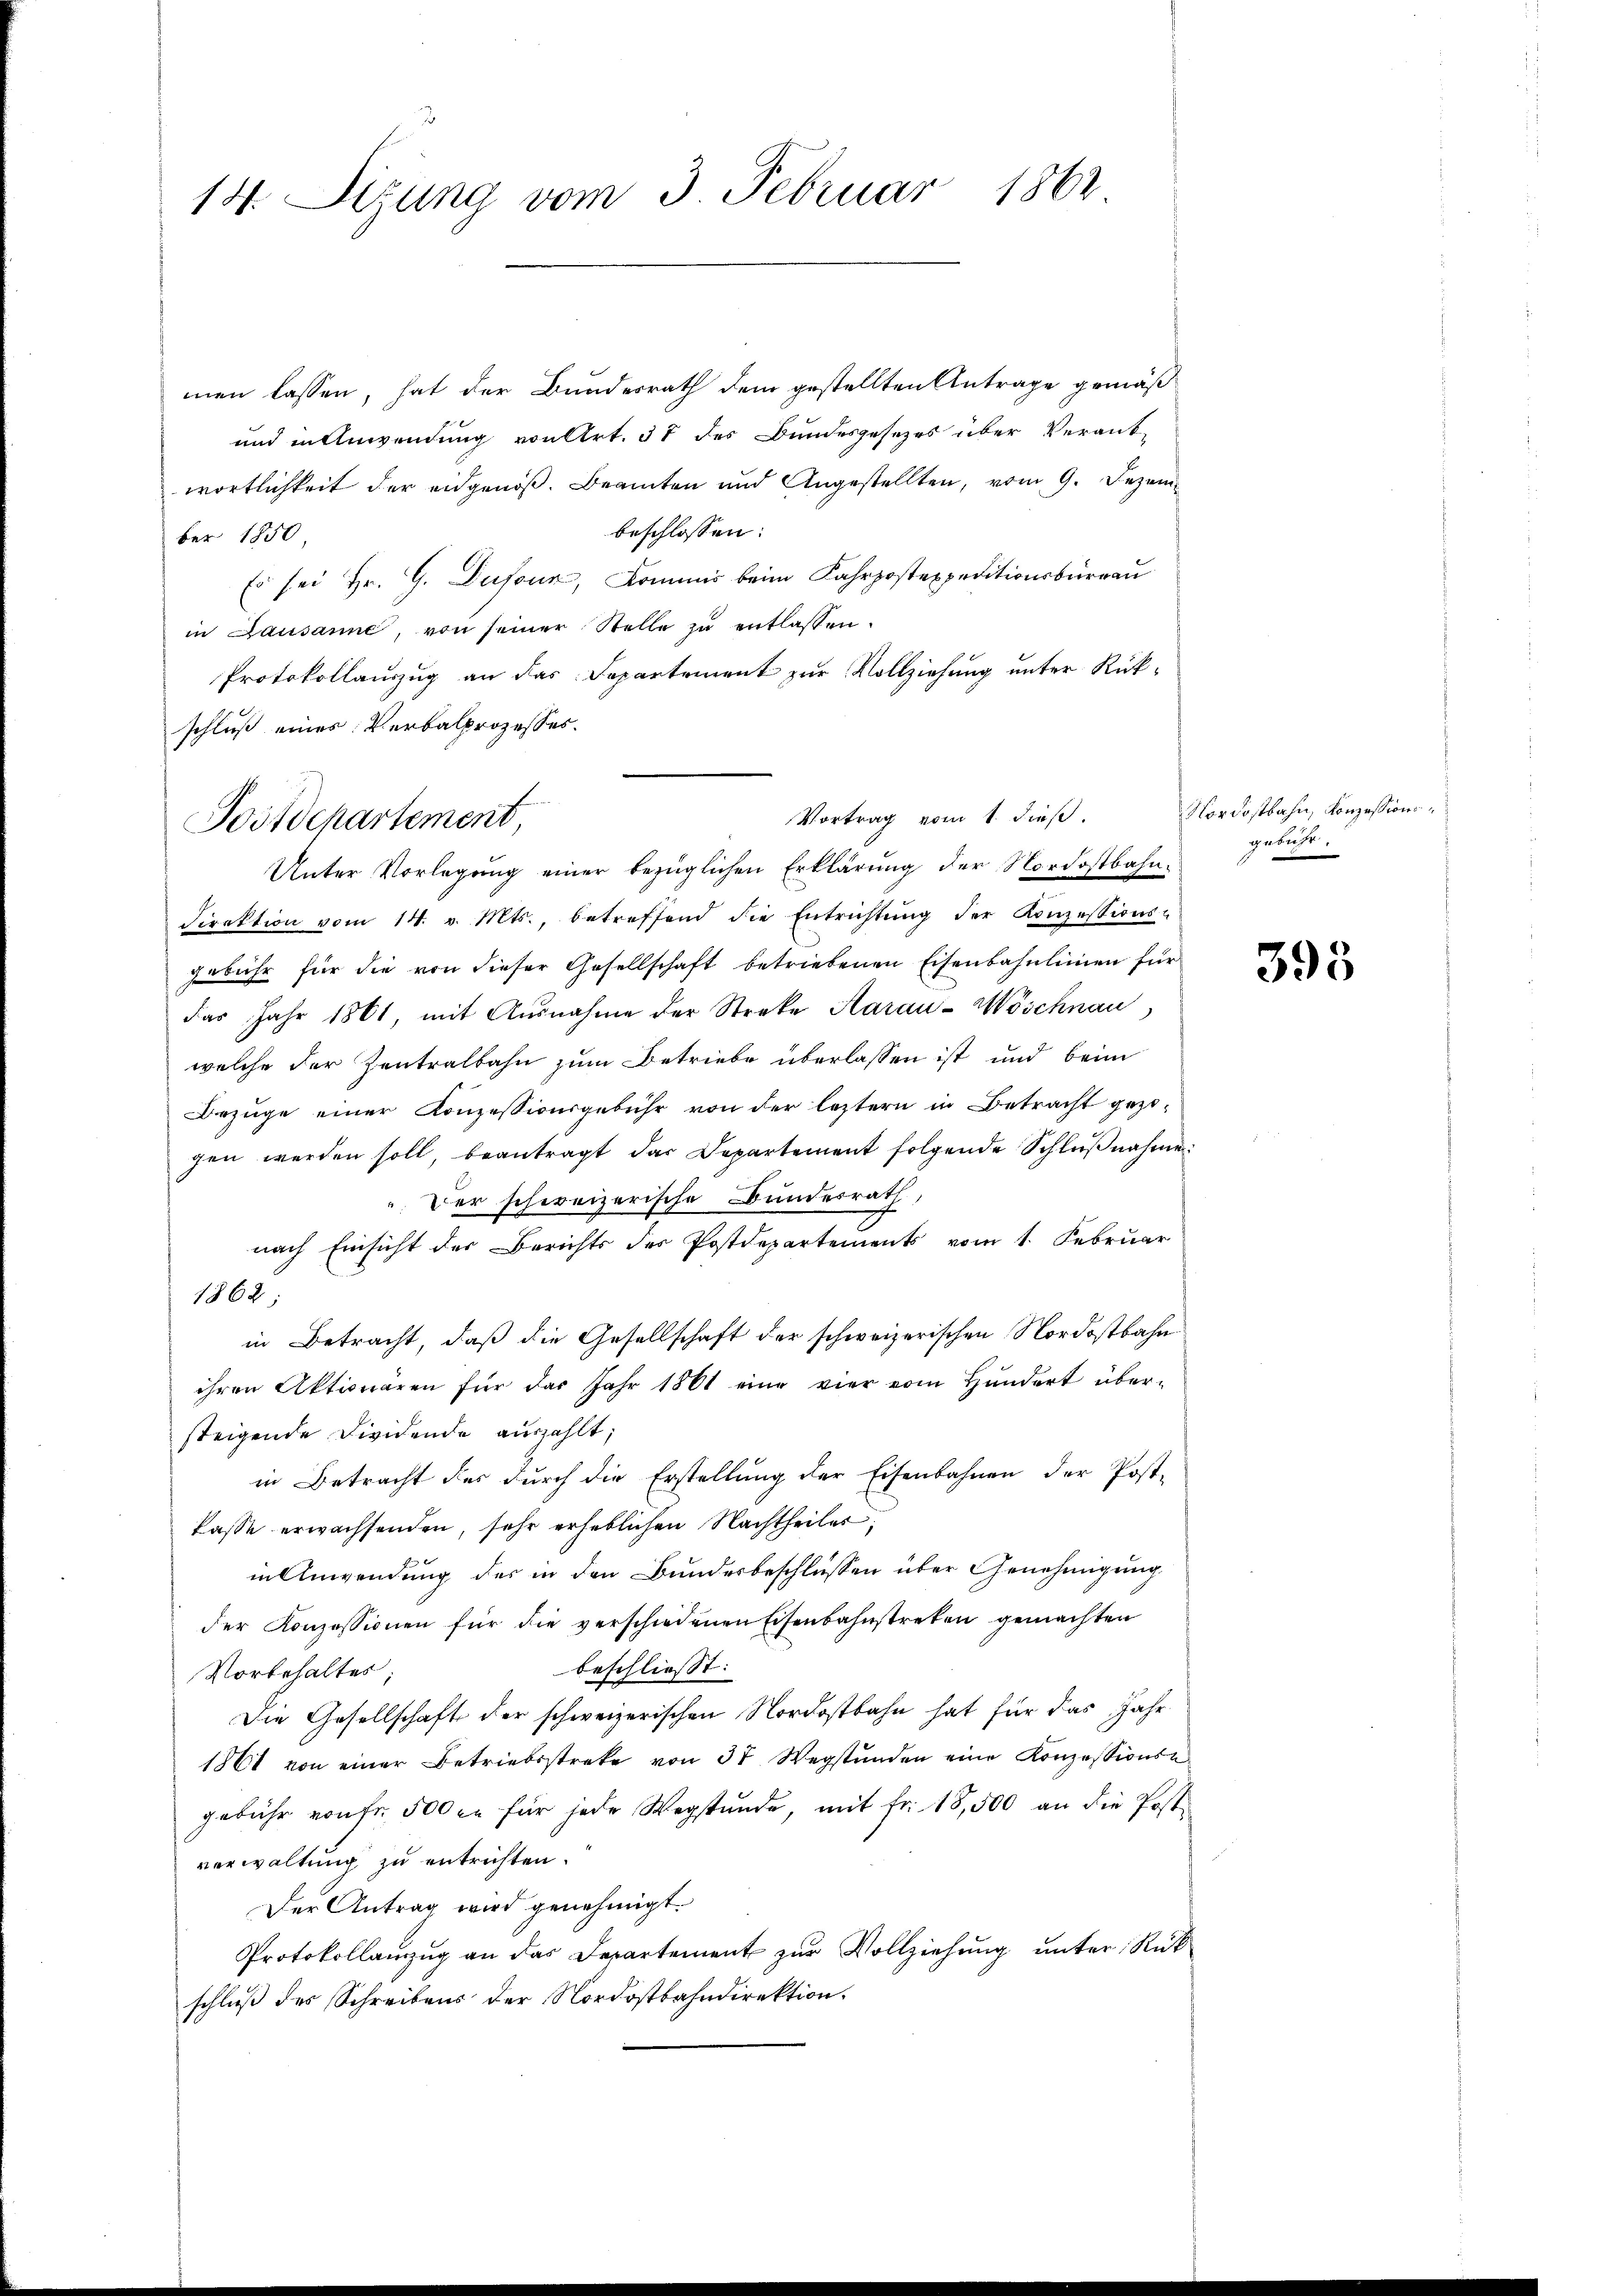
14. Sizung vom 3. Februar 1862

men lassen, hat der Bundesrath dem gestellten Antrage gemäß¬
und in Anwendung von Art. 37 des Bundesgesezes über Verant-
wortlichkeit der eidgenoß. Beamten und Angestellten, vom 9. Dezembeschlossen:
ber 1850
Es sei Hr. G. Dufour, Commis beim Fahrpostexpeditionsburgau
in Lausanne, von seiner Stelle zŭ entlassen.
Protokollauszug an das Departement zur Vollziehung unter Rükschluß eines Verbalprozesses.
Unter Vorlegŭng einer bezüglichen Erklärŭng der Nordostbahn.
Direktion vom 14. v. Mts., betreffend die Entrichtŭng der Konzessions-
gebühr für die von dieser Gesellschaft betriebenen Eisenbahnlinien für
das Jahr 1861, mit Ausnahme der Streke Aarau-Wöschnau
welche der Zentralbahn zum Betriebe überlassen ist und beim
Bezüge einer Konzessionsgebühr von der leztern in Betracht gezogen werden soll, beantragt das Departement folgende Schlußnahme
.Der schweizerische Bundesrath,
nach Einsicht der Berichts des Postdepartements vom 1. Februar
1862;
in Betracht, daß die Gesellschaft der schweizerischen Nordostbahn
ihren Aktionaren für das Jahr 1861 eine vier vom Hundert über-
steigende Dividende auszahlt;
in Betracht des durch die Erstellung der Eisenbahnen der Post-
kasse erwachsenden, sehr erheblichen Nachtheiles
in Anwendung des in den Bundesbeschlüssen über Genehmigung
der Konzessionen für die verschiedenen Eisenbahnstreten gemachten
beschliesst:
Vorbehaltes
Die Gesellschaft der schweizerischen Nordostbahn hat für das Jahr
1861 von einer Betriebsstreke von 37 Wegstunden eine Konzessionsgebühr von fr. 500 xr für jede Wegstunde, mit fr. 18,500 an die Post-
verwaltung zu entrichten.
Der Antrag wird genehmigt.
Protokollanzŭg an das Departement zŭr Vollziehŭng ŭnter Rück-
schluß des Schreibens der Nordostbahndirektion.

Postdepartement

Vortrag vom 1. dieß.

Nordostbahn, Konzession
gebühr.

395